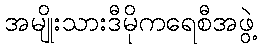
အမျိုးသားဒီမိုကရေစီအဖွဲ့